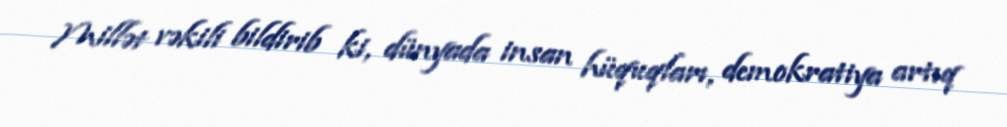
Millət vəkili bildirib ki, dünyada insan hüquqları, demokratiya artıq